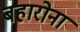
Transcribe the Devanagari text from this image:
बहारोना